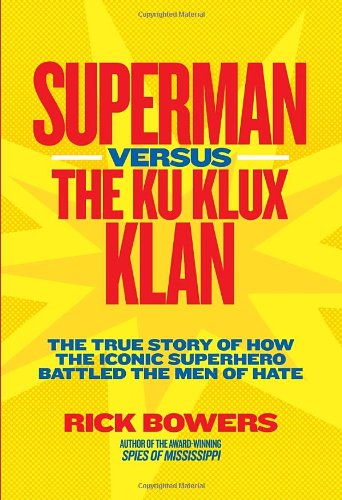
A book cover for Superman versus the Ku Klux Klan: The True Story of How the Iconic Superhero Battled the Men of Hate; Richard Bowers; Humor & Entertainment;